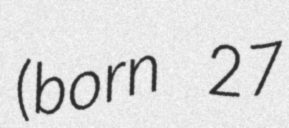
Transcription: (born 27